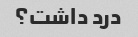
درد داشت؟